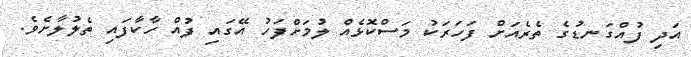
އަދި ފުއްގަނޑުގެ ތެރެއަށް ފަހަރަކު މަސްކޮޅެއް ލުމަށްފަހު އޭގައި ފުއް ހާކާފައި ތެލުލާށެވެ.